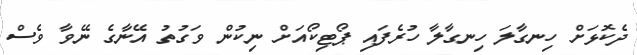
ދެކޮޅަށް ހިނގާލަ ހިނގާލާ ހުރެފައި ޕޯޓިކޯއަށް ނިކުން ވަގުތު އޭނާގެ ނޭވާ ވެސް